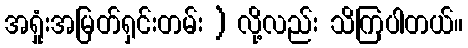
အရှုံးအမြတ်ရှင်းတမ်း ) လို့လည်း သိကြပါတယ်။